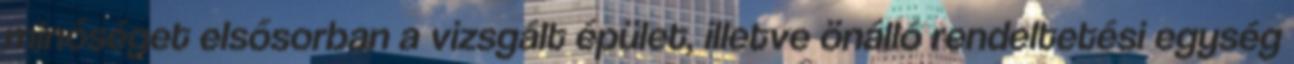
minőséget elsősorban a vizsgált épület, illetve önálló rendeltetési egység